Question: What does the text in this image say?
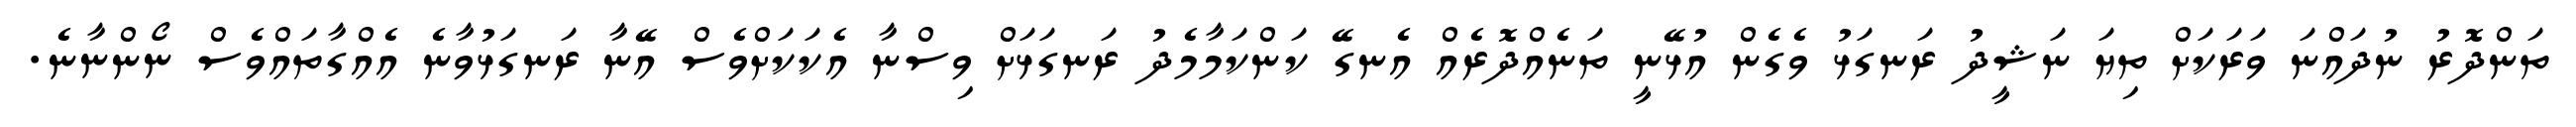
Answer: ތަންދޮރު ނުދައްނަ ވަރަކަށް ތިޔަ ނަޝީދު ރަނގަޅު ވެގެން އުޅޭނީ ތަނެއްދޮރެއް އެނގޭ ކަންކަމާމެދު ރަނގަޅަށް ވިސްނާ އެކަކަށްވެސް އޭނާ ރަނގަޅުވާނެ އެއްގާތައްވެސް ނޯންނާނެ.